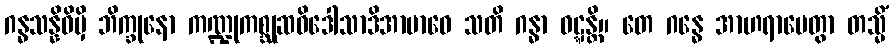
ဂန္ဓသန္နိဓိမှိ ဘိက္ခုနော ကဏ္ဍုကစ္ဆုဆဝိဒေါသာဒိအာဗာဓေ သတိ ဂန္ဓာ ဝဋ္ဋန္တိ။ တေ ဂန္ဓေ အာဟရာပေတွာ တသ္မိံ